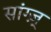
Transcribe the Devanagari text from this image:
सांग्ज़्‌